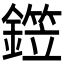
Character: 𬬂